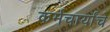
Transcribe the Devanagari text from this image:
कर्मचार्यांचे